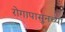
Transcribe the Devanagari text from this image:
रोगापासुनच्या